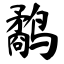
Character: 鹬